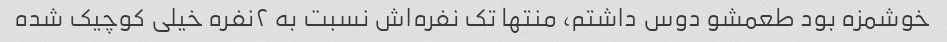
خوشمزه بود طعمشو دوس داشتم، منتها تک نفره‌اش نسبت به ٢نفره خیلی کوچیک شده